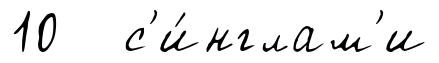
10 с'и́нглам'и